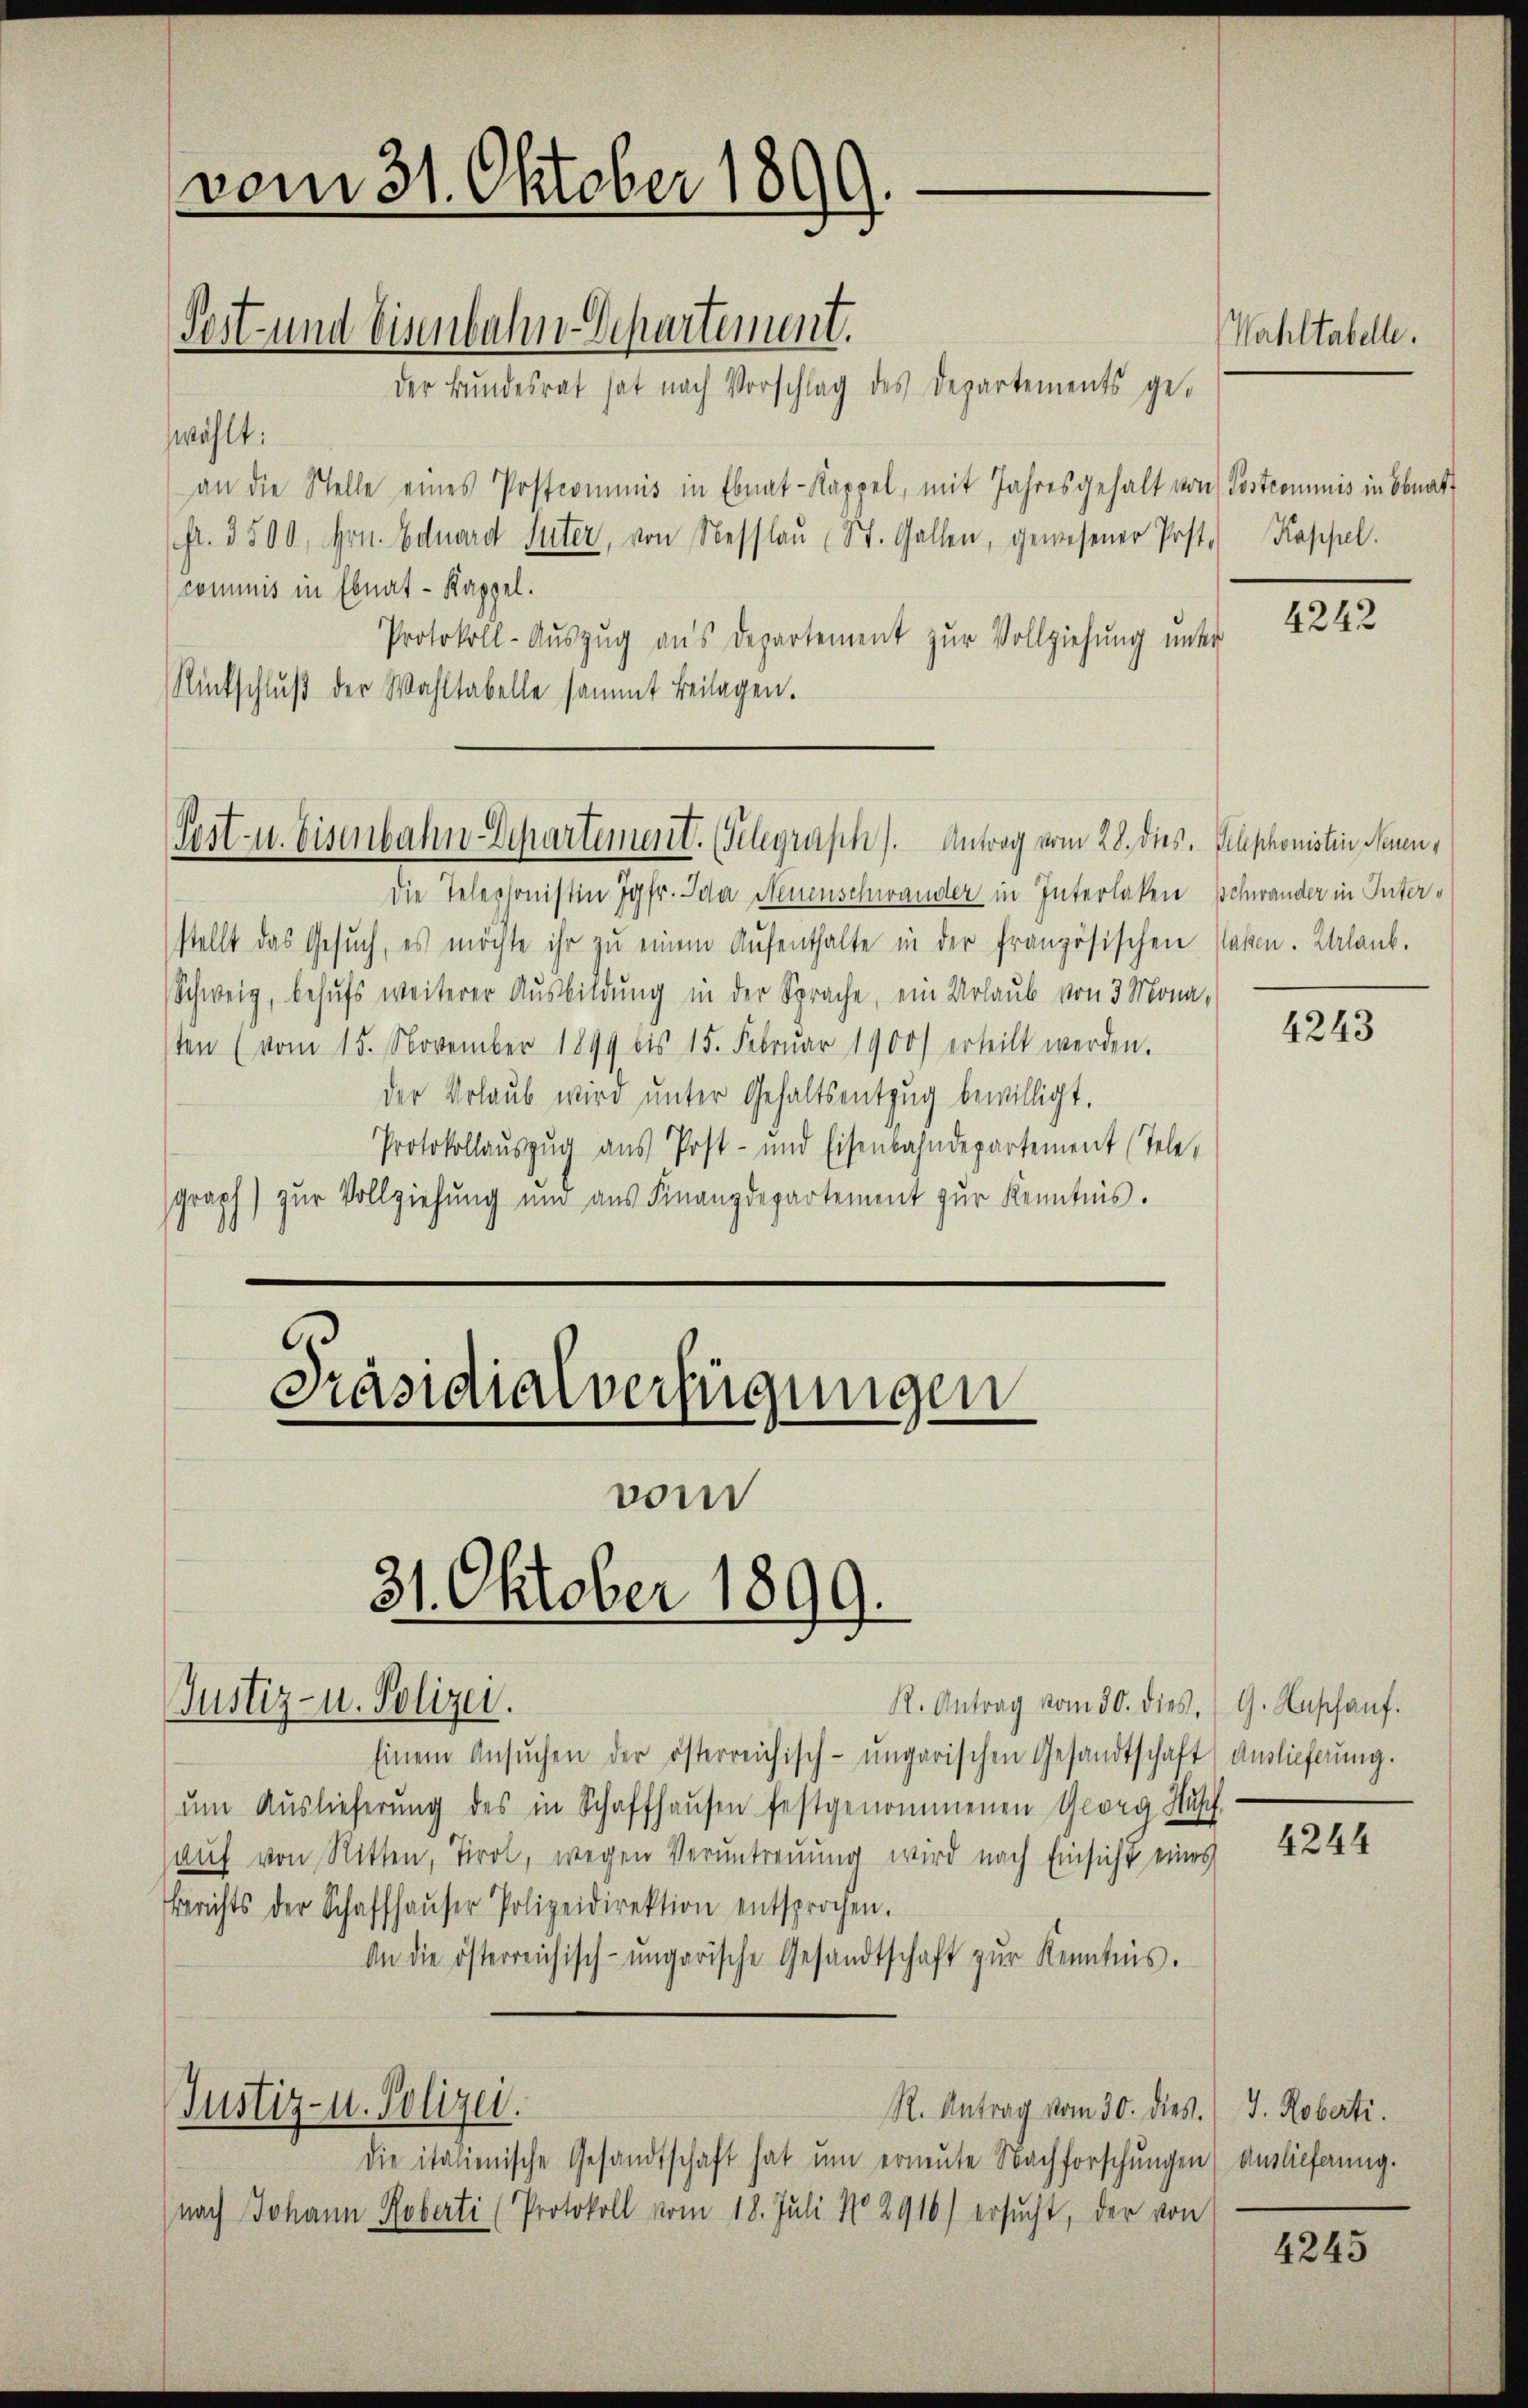
vom 31. Oktober 1899.

wählt:
an die Stelle eines Postcommis in Ebnat-Kappel, mit Jahresgehalt von Postcommis in Obrat
(fr. 3500, Hrn. Eduard Suter, von Nesslaŭ St. Gallen, gewesener Post. Kappel.
kommnis in Ebnat - Kappel.
Protokoll-Auszug aus Departement zŭr Vollziehung unter
Rückschlŭβ der Wahltabelle sammt Beilagen.

Seit u. Eisenbahn Departement. (Telegraph). Antrag vom 28. dies Telephonistin Neuen,

Präsidialverfügungen
31. Oktober 1899.
Justiz- u. Polizei.

Post- und Eisenbahn Departement.
der Bundesrat hat nach Vorschlag des Departements ge¬

Die Telephonistin Jgfr. Ida Neuenschwander in Interlaken Schwander in Interstellt das Gesŭch, es möchte ihr zŭ einem Aufenthalte in der französischen Paten. Urlaub.
Schweig, behufs weiterer Ausbildung in der Sprache, ein Urlaub von 3 Mona-
sten (vom 15. November 1899 bis 15. Febrŭar 1900 erteilt werden.
der Vorlaub wird unter Gehaltsentzug bewilligt.
Protokollauszug aus Post- und Eisenbahndepartement (Tele,
graph) zur Vollziehung und aŭs Finanzdepartement zŭr Kenntnis.

vom

Einem Ansŭchen der österreichisch-ungarischen Gesandtschaft Auslieferŭng.
um Auslieferung des in Schaffhausen festgenommenen Georg Husch
aŭf von Ritten, Tirol, wegen Veruntreuung wird nach Einsicht eines
Berichts der Schaffhaŭser Polizeidirektion entsprochen.
An die österreichisch-ungarische Gesandtschaft zŭr Kenntnis.
Justiz- u. Polizei.
R. Antrag vom 30. dies.) J. Roberti.
die italienische Gesandtschaft hat ŭm erneŭte Nachforschŭngen Auslieferung.
nach Johann Roberti (Protokoll vom 18. Juli No 2916) ersŭcht, der von

Wahltabelle.

4242

4243

R. Antrag vom 30. dies. G. Haschauf.

4244

4245